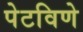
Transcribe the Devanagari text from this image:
पेटविणे